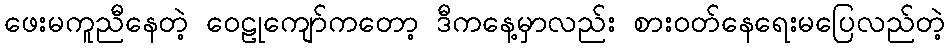
ဖေးမကူညီနေတဲ့ ဝေဠုကျော်ကတော့ ဒီကနေ့မှာလည်း စားဝတ်နေရေးမပြေလည်တဲ့